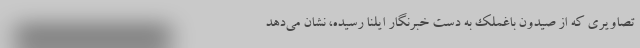
تصاویری که از صیدون باغملک به دست خبرنگار ایلنا رسیده، نشان می‌دهد